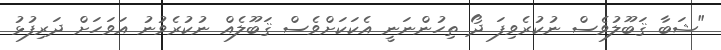
"ޝަބާ ޤަބޫލުވެސް ނުކުރެވިފަ ދޯ ތިހުންނަނީ އެކަކަށްވެސް ޤަބޫލެއް ނުކުރެވުނު އަވަހަށް ދަރިފުޅު